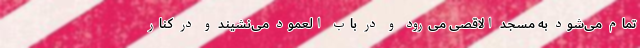
تمام می‌شود به مسجد الاقصی می‌رود و در باب العمود می‌نشیند و در کنار